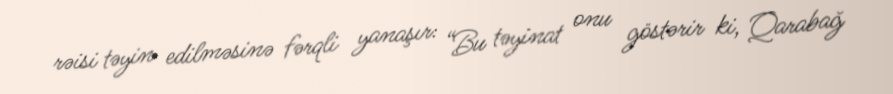
rəisi təyin edilməsinə fərqli yanaşır: “Bu təyinat onu göstərir ki, Qarabağ